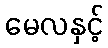
မေလနှင့်